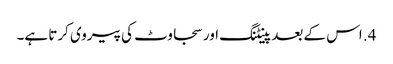
4. اس کے بعد پینٹنگ اور سجاوٹ کی پیروی کرتا ہے۔